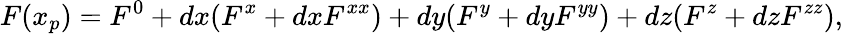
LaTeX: F(x_{p})=F^{0}+dx(F^{x}+dxF^{xx})+dy(F^{y}+dyF^{yy})+dz(F^{z}+dzF^{zz}),